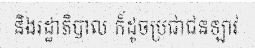
និងរដ្ឋាភិបាល ក៏ដូចប្រជាជនឡាវ